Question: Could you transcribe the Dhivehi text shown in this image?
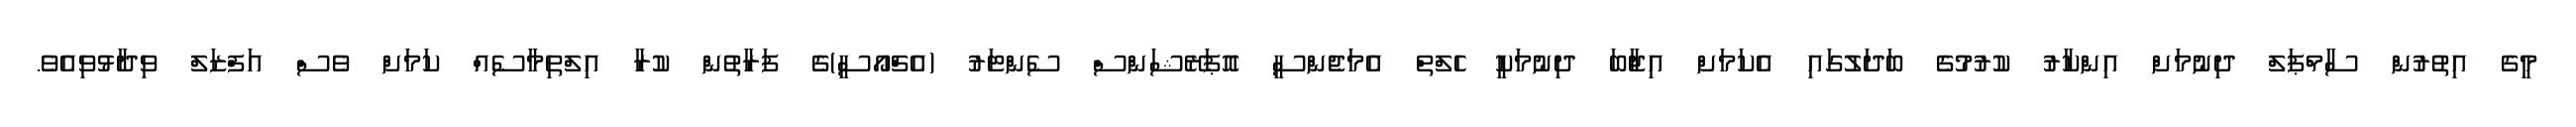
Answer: މީގެ އިތުރުން ސާމްޕަލް ދިނުމަށް އިންކާރު ކުރުމުގެ ބަދަލުގައި އެކަމަށް އިޖާބަ ދިނުމަކީ ހެލްތް އެމަޖެންސީ އޮޕަރޭޝަންސް ސެންޓަރު (އެޗްއޯސީ)ގެ ފަރާތުން ކުރާ އިލްތިމާސެއް ކަމަށް ވެސް އަފްޒަލް ވިދާޅުވިއެވެ.